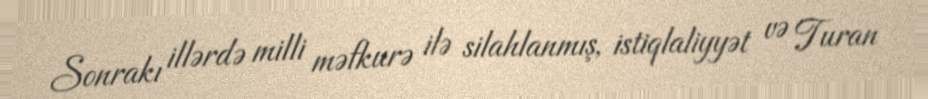
Sonrakı illərdə milli məfkurə ilə silahlanmış, istiqlaliyyət və Turan